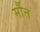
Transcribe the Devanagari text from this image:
र्मौत